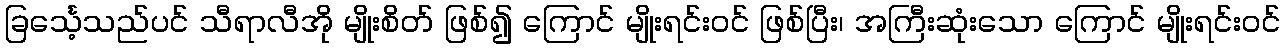
ခြင်္သေ့သည်ပင် သီရာလီအို မျိုးစိတ် ဖြစ်၍ ကြောင် မျိုးရင်းဝင် ဖြစ်ပြီး၊ အကြီးဆုံးသော ကြောင် မျိုးရင်းဝင်